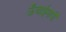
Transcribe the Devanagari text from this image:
ऊँचाईमापी